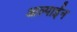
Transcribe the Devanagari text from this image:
आल्पाईन